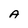
Character: A